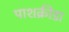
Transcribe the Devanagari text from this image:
पाशक्रीडा